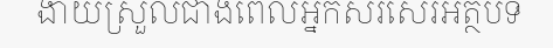
ងាយស្រួលជាងពេលអ្នកសរសេរអត្ថបទ